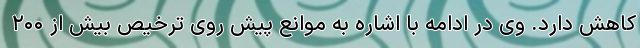
کاهش دارد. وی در ادامه با اشاره به موانع پیش روی ترخیص بیش از ۲۰۰